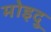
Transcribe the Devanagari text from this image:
मोइदु